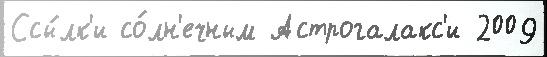
Ссы́лк'и со́лн'ечным Астрогалакс'и 2009